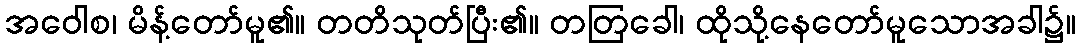
အဝေါစ၊ မိန့်တော်မူ၏။ တတိသုတ်ပြီး၏။ တတြခေါ၊ ထိုသို့နေတော်မူသောအခါ၌။